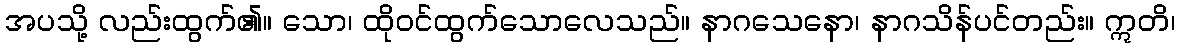
အပသို့ လည်းထွက်၏။ သော၊ ထိုဝင်ထွက်သောလေသည်။ နာဂသေနော၊ နာဂသိန်ပင်တည်း။ ဣတိ၊